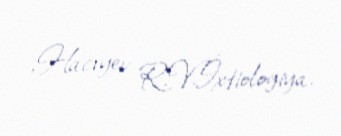
,Hacıyev R.V.İxtiologiya.